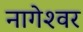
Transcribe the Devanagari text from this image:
नागेश्‍वर